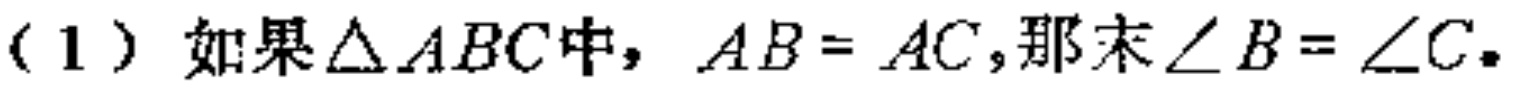
（1）如果$\triangle ABC$中，$AB = AC$，那么$\angle B = \angle C$。